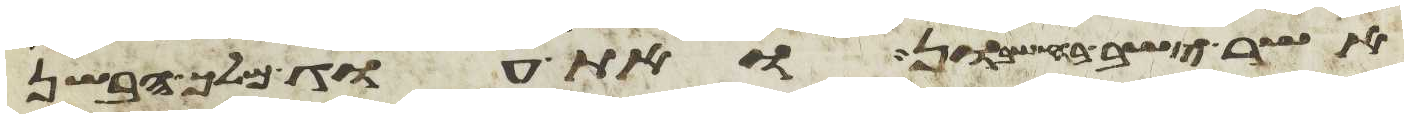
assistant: אשר ישב בחשבון ואת עוג מלך הבשן